Leningradi_Edasi_toimetus, lk 5
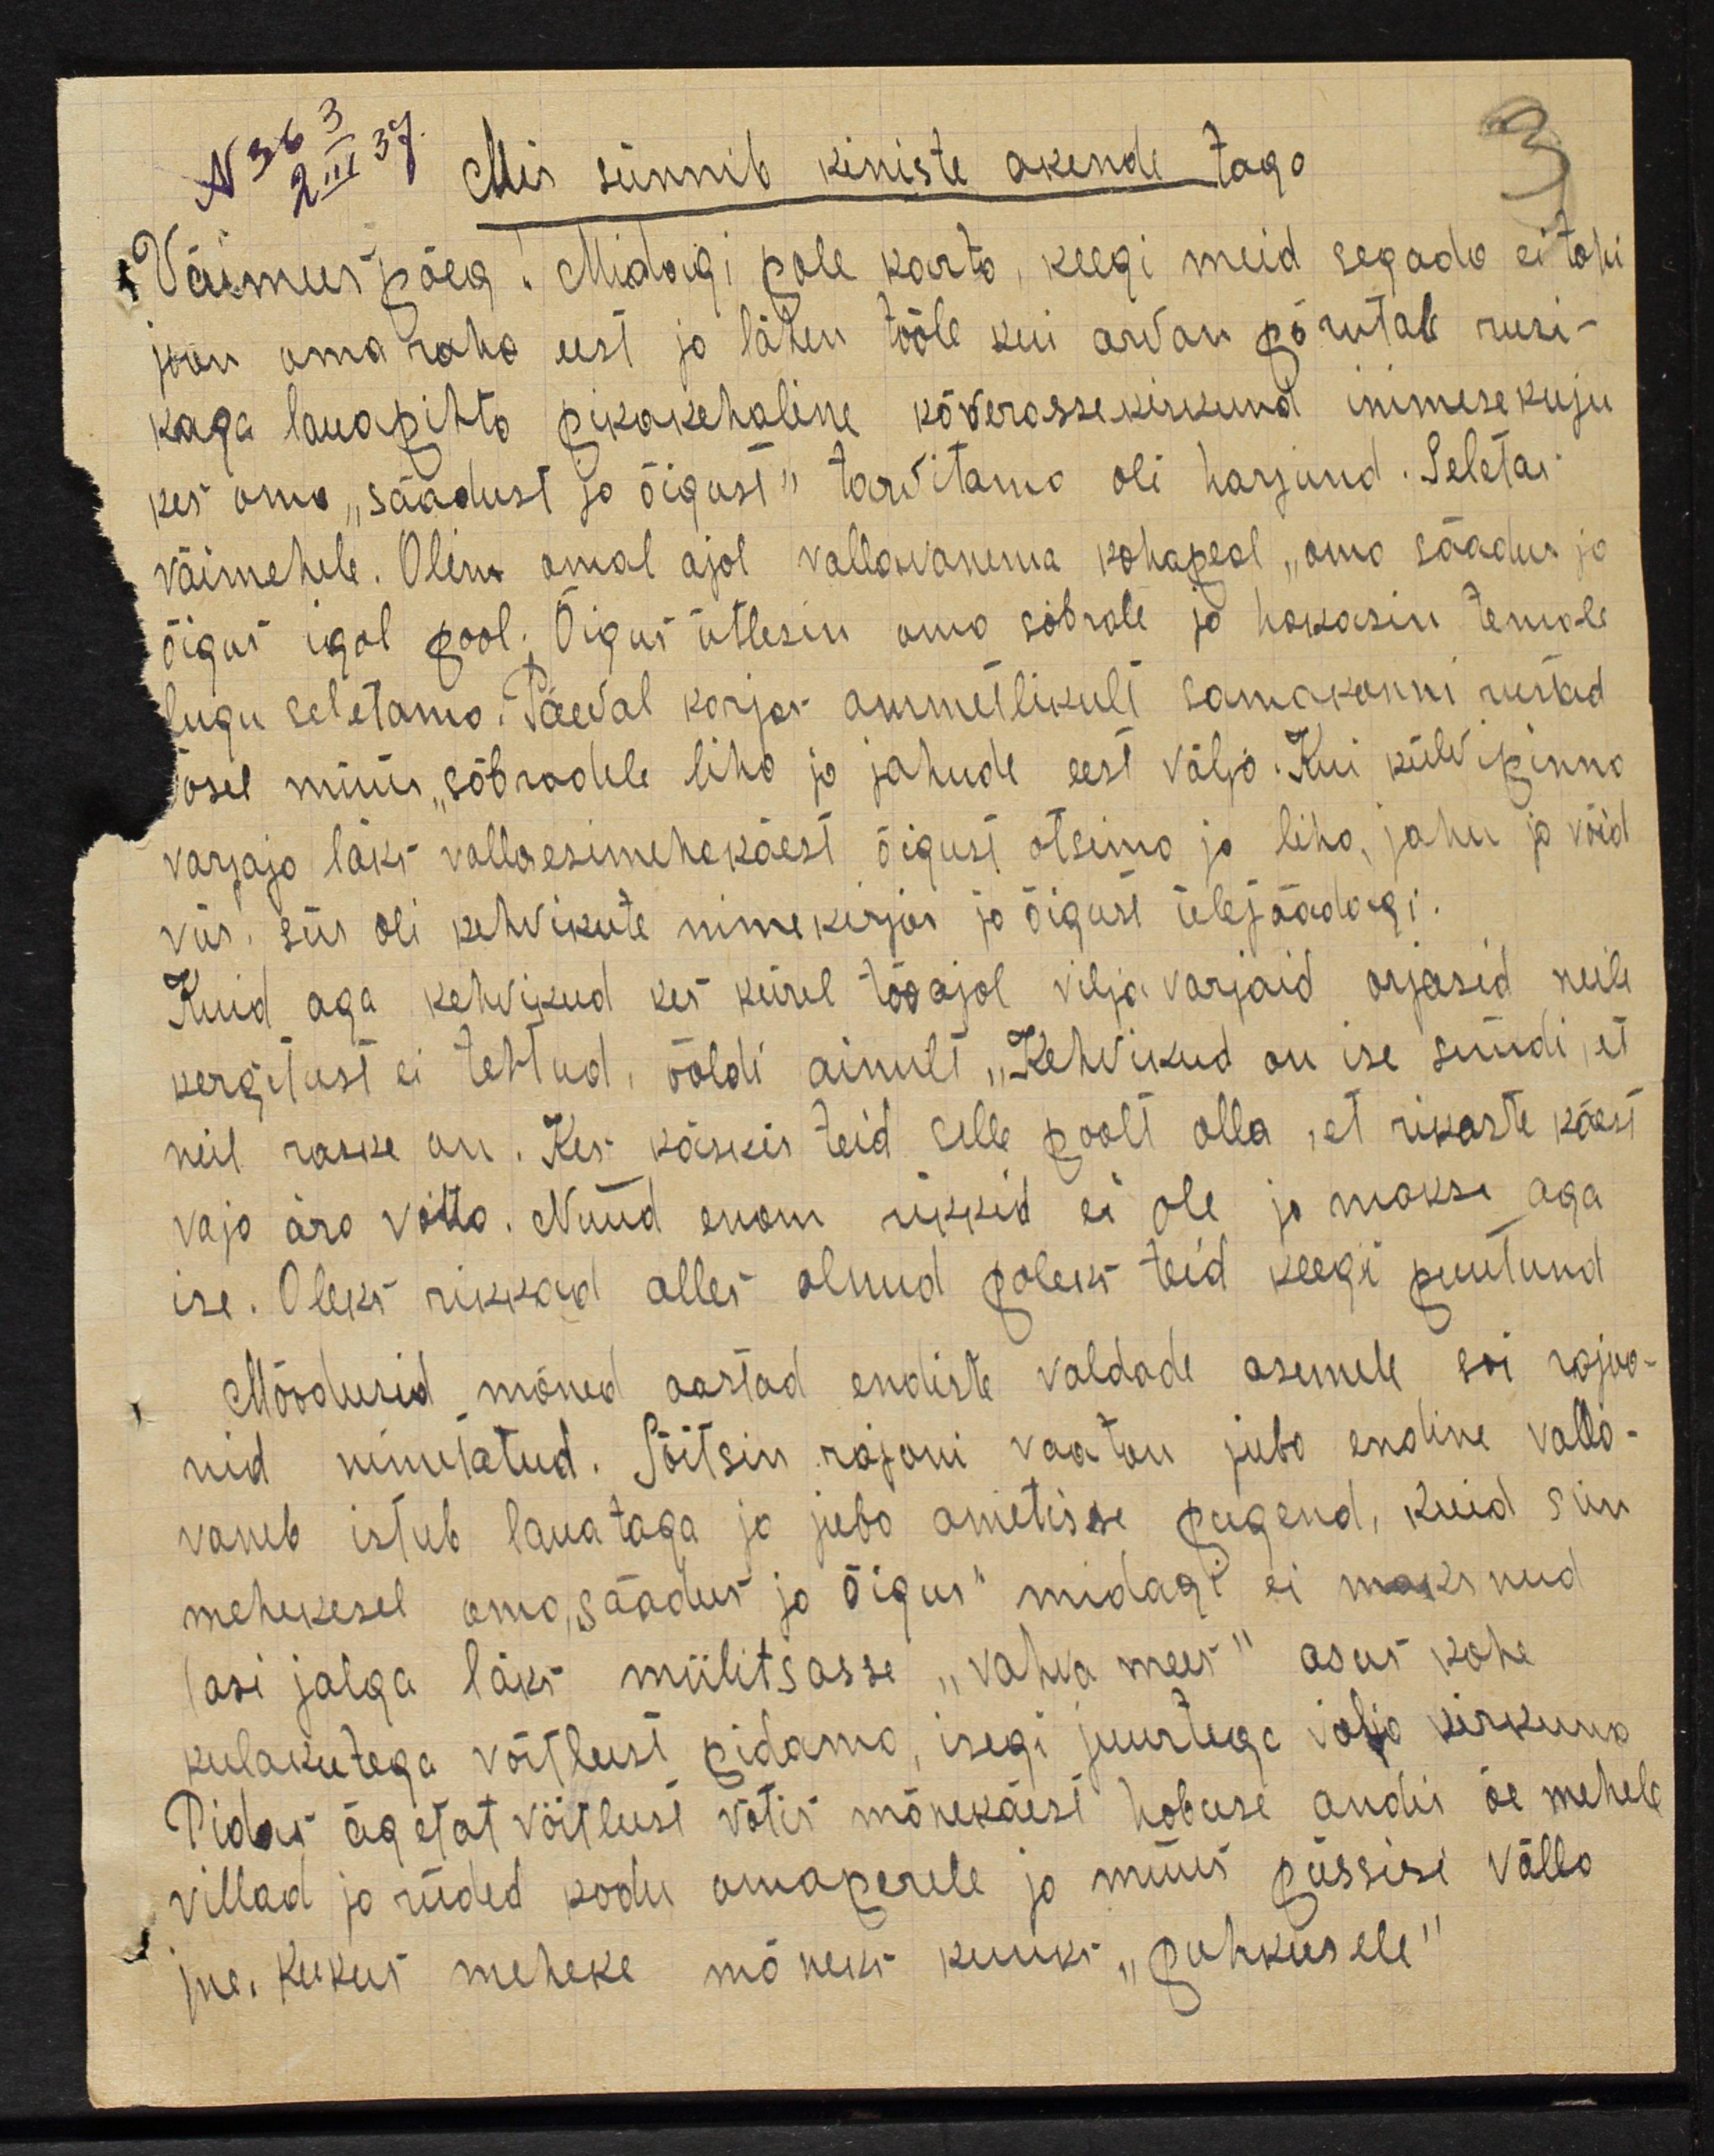
N 363
2 III 37
Mis sünnib kiniste akende taga
Väimees poeg! Midagi pole karta, keegi meid segada ei tohi
joon oma raha eest ja lähen tööle kui arvan põrutab rusi-
kaga lauapihta pikakehaline kõverassekiskund inimese kuju
kes oma "säädust ja õigust" tarvitama oli harjund. Seletas
väimehele. Olin omal ajal vallawanema kohapeal, oma säädus ja
õigus igal pool. Õigus ütlesin oma sõbrale ja hakasin temale
lugu seletama. Päeval korjas ammetlikult samakonni riistad
ösel müüs sõbradele liha ja jahude eest välja. Kui külvipinna
varjaja läks vallaesimehe käest õigust otsime ja liha, jahu ja võid
viis, siis oli kehvikute nimekirjas ja õigust ülejäädagi.
Kuid aga kehvikud kes kiirel tööajal vilja varjaid orjasid neile
kergitust ei tehtud, ööldi ainult "Kehvikud on ise süüdi, et
neil raske on. Kes käskis teid selle poolt olla, et rikaste käest
vaja ära võtta. Nüüd enam rikkid ei ole ja maksi aga
ise. Oleks rikkad alles olnud poleks teid keegi puutund
Möödusid mõned aastad endiste valdade asemele sai rajoo-
nid nimetatud. Sõitsin rajoni vaatan juba endine valla-
vaneb istub laua taga ja juba ametisse pugend, kuid siin
mehekesel oma säädus ja õigus" midagi ei maksnud
lasi jalga läks miilitsasse "vahva mees" asus kohe
kulakutega võitlust pidama, isegi juurtega välja kiskuma
Pidas ägetat võitlust votis mõnekäest hobuse andis õe mehele
villad ja riided kodu omaperele ja müüs püssisi välla
jne. Kukus meheke mõneks kuuks "puhkusele"